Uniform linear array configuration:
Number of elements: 4
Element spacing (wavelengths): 0.25
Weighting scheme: kaiser
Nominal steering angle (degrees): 45
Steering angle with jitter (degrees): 44.827
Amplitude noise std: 0.05
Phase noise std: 0.05

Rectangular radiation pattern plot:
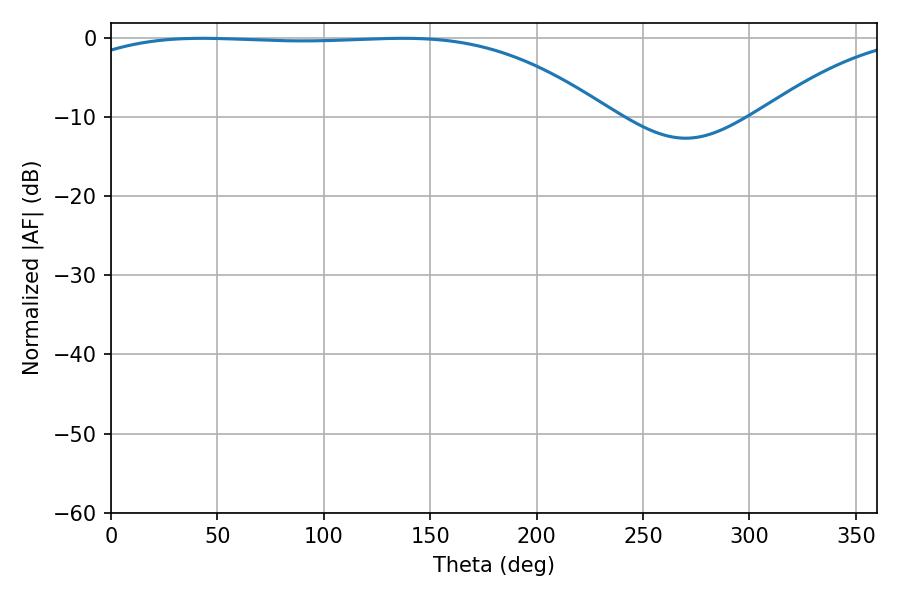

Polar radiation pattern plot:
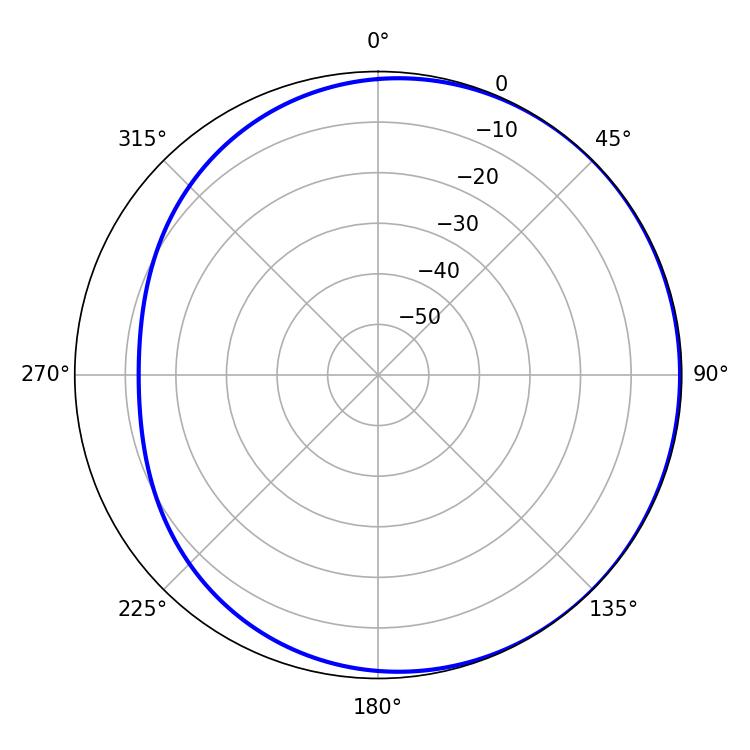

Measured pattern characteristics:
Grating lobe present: FALSE
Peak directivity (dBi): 1.008
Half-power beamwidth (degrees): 195.66
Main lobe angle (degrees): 42.84